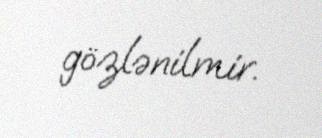
gözlənilmir.